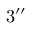
3 { ^ { \prime \prime } }